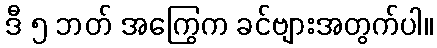
ဒီ ၅ ဘတ် အကြွေက ခင်ဗျားအတွက်ပါ။